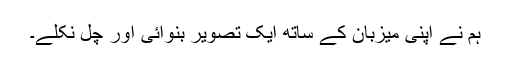
ہم نے اپنی میزبان کے ساتھ ایک تصویر بنوائی اور چل نکلے۔